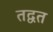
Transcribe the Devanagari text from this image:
तद्वत